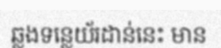
ឆ្លងទន្លេយ័រដាន់នេះ មាន